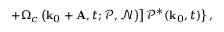
\left. \left. + \Omega _ { c } \left( \mathbf { k } _ { 0 } + \mathbf { A } , t ; \mathcal { P } , \mathcal { N } \right) \right] \mathcal { P } ^ { \ast } ( \mathbf { k } _ { 0 } , t ) \right\} ,